Indian journal of veterinary science and animal husbandry - Volume 1,
Year: 1931
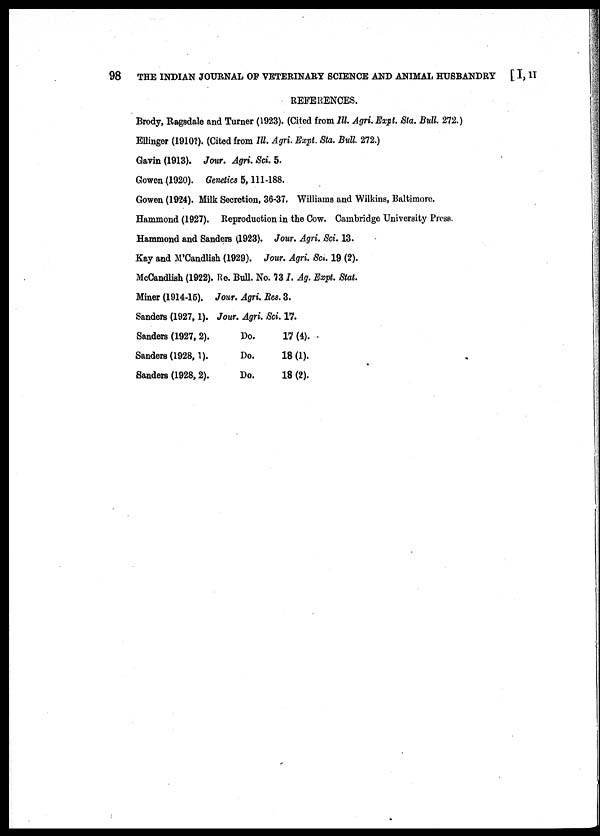
98
THE INDIAN JOURNAL OF VETERINARY SCIENCE AND ANIMAL HUSBANDRY [ I, II
REFERENCES.
Brody, Ragsdale and Turner (1923). (Cited from Ill. Agri. Expt. Sta. Bull. 272.)
Ellinger (1910?). (Cited from Ill. Agri. Expt. Sta. Bull. 272.)
Gavin (1913). Jour. Agri. Sci. 5.
Gowen (1920). Genetics 5, 111-188.
Gowen (1924). Milk Secretion, 36-37. Williams and Wilkins, Baltimore.
Hammond (1927). Reproduction in the Cow. Cambridge University Press.
Hammond and Sanders (1923). Jour. Agri. Sci. 13.
Kay and M'Candlish (1929). Jour. Agri. Sci. 19 (2).
McCandlish (1922). Re. Bull. No. 73 I. Ag. Expt. Stat.
Miner (1914-15). Jour. Agri. Res. 3.
Sanders (1927, 1). Jour. Agri. Sci. 17.
Sanders (1927, 2).
Do.
17 (4).
Sanders (1928, 1).
Do.
18 (1).
Sanders (1928, 2).
Do.
18 (2).